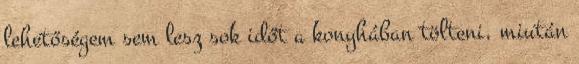
lehetőségem sem lesz sok időt a konyhában tölteni, miután